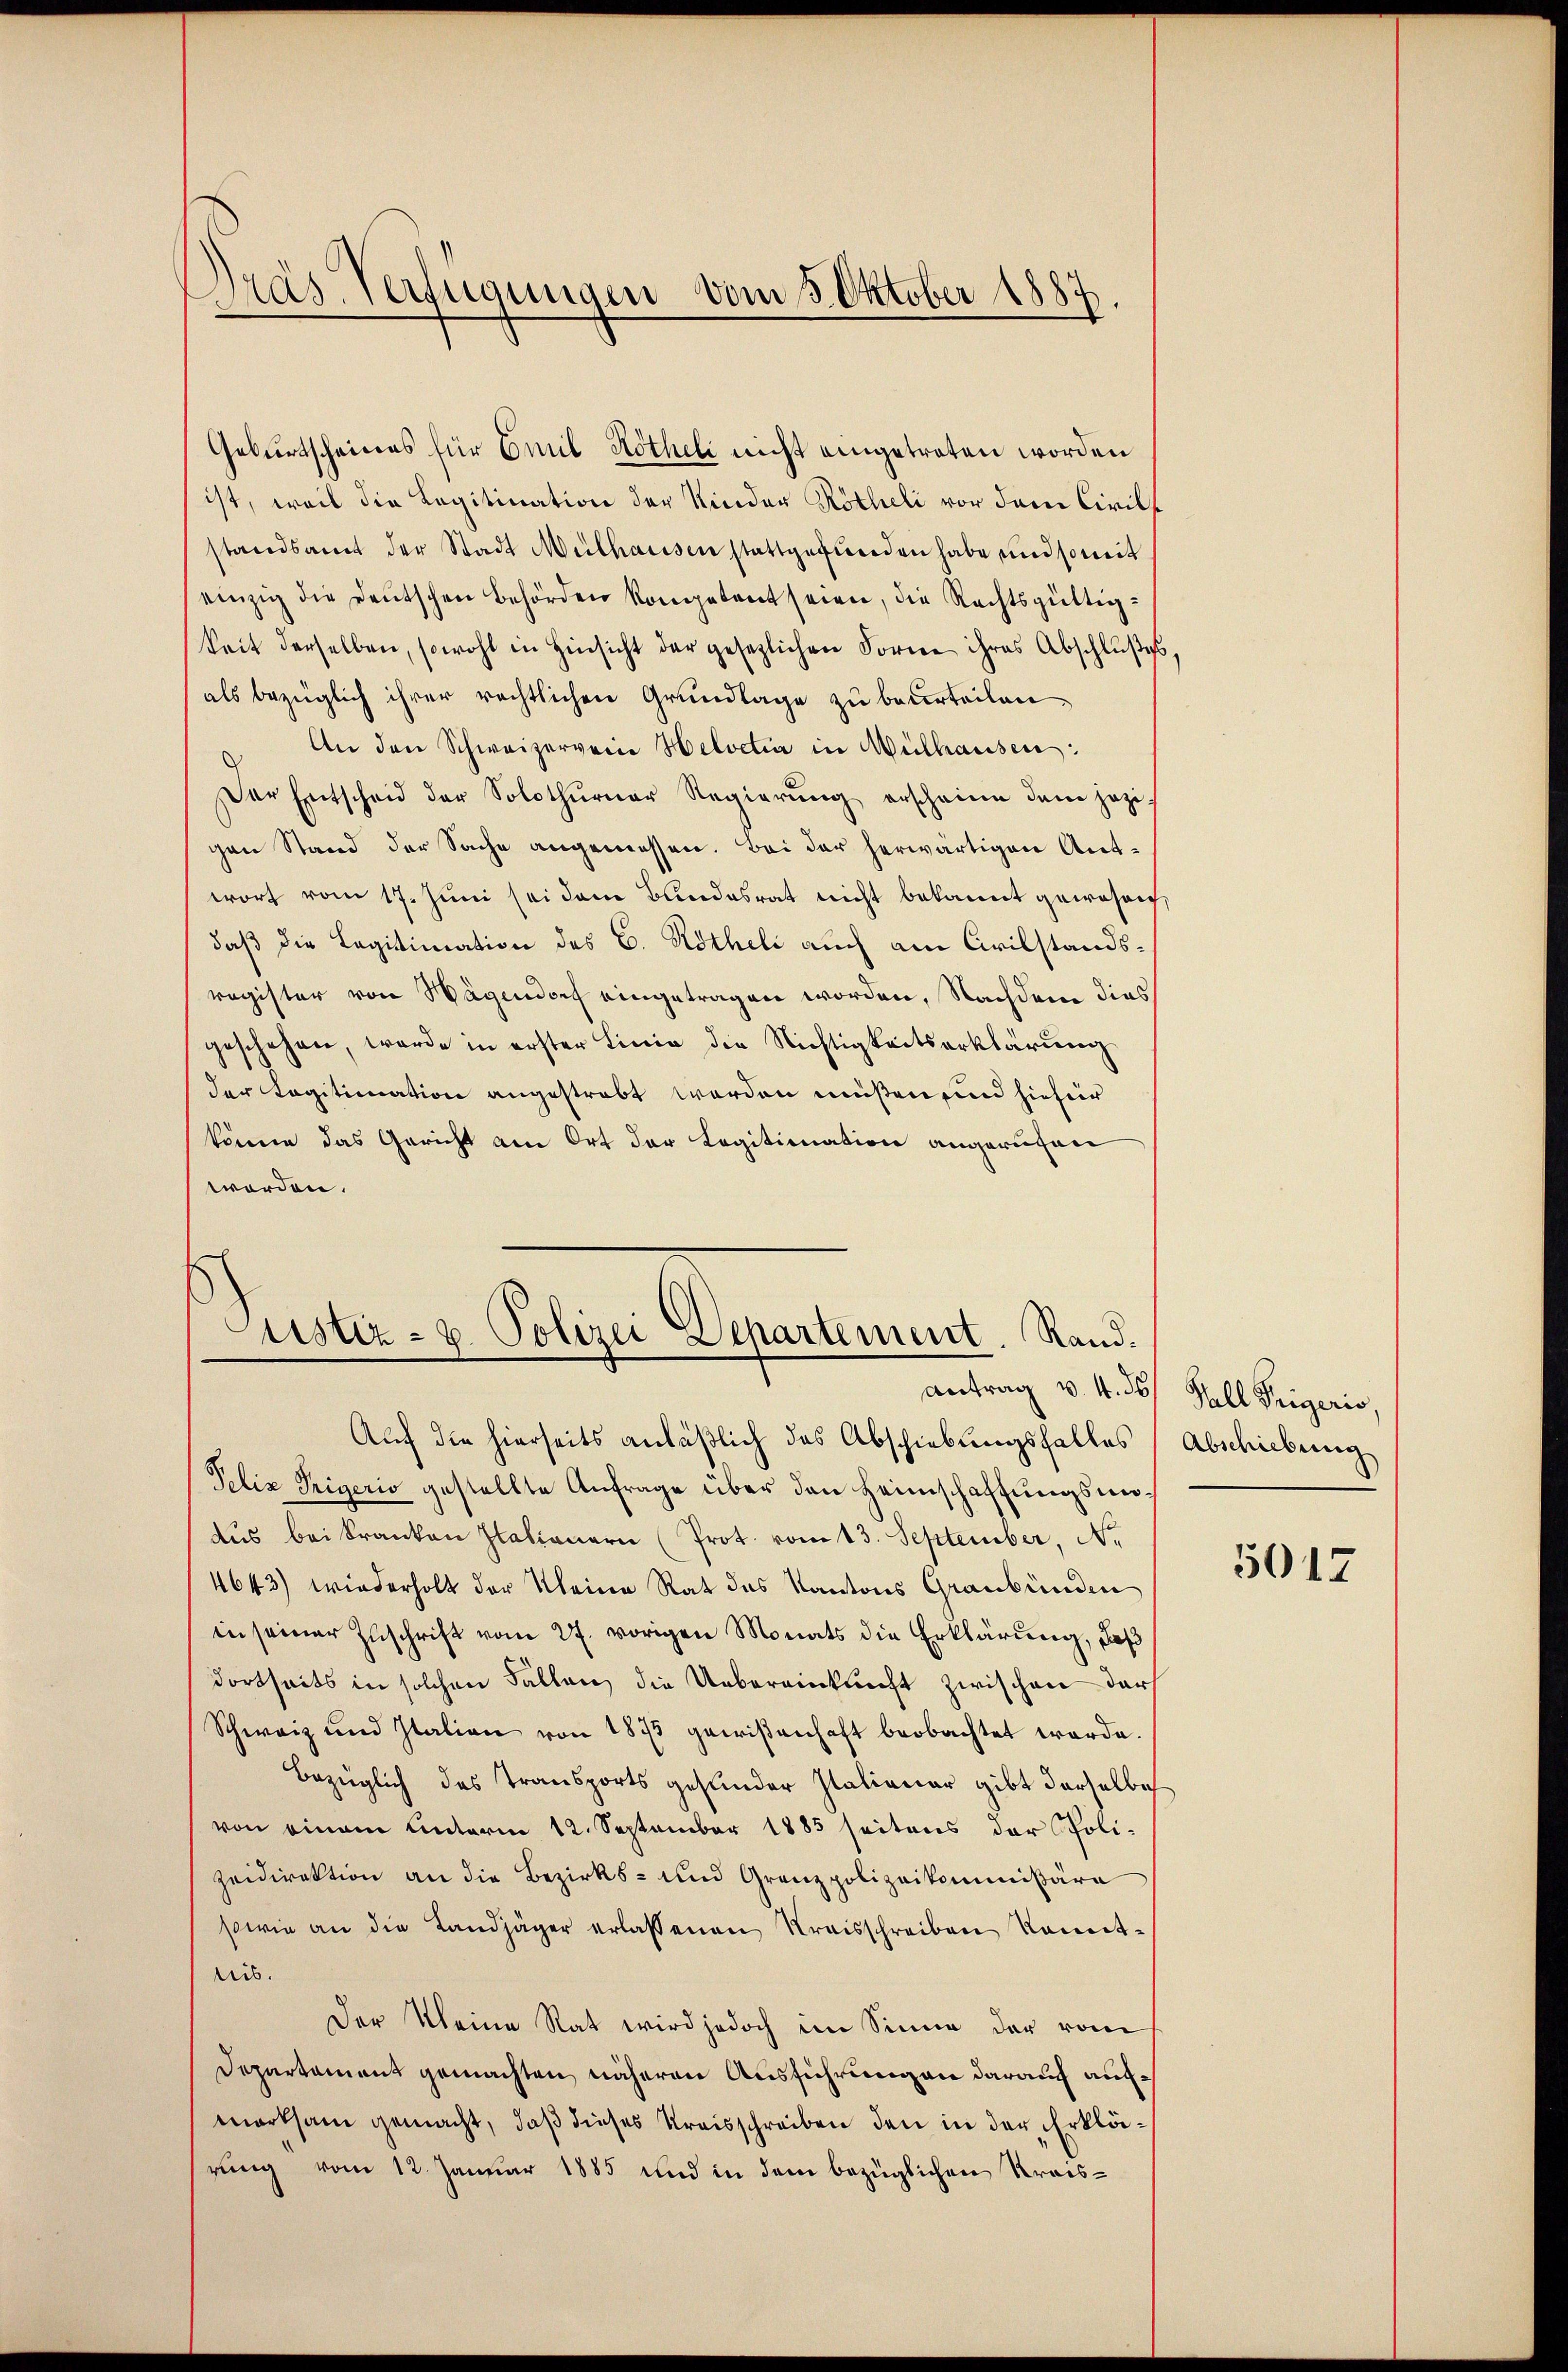
Gras Verfügungen vom 5. Oktober 1887

Geburtscheines für Emil Kötheli nicht eingetreten worden
ist, weil die Legitination der Nieder Kötheli vor dem Civils
standsamt der Stadt Mülhausen stattgefŭnden habe und soweit
einzig die Deutschen Behörden kompetent seien, die Rechtsgültig-
keit derselben, sowohl in Hinsicht der gesezlichen Forne ihres Abschlŭβe
als bezüglich ihrer rechtlichen Grundlage zu beurteilen,
An den Schweizerverne Helvetia in Mülhausen:
d
Der Entscheid der Solothurner Regierŭng erscheine dem jezi-
gen Stand der Sache angemessen. Bei der herwärtigen Antwort vom 17. Juni sei dem Bundesrat nicht bekannt gewesen,
daß die Legitimation des C. Rötheli auch am Civilstandsregister von Wagendorf eingetragen worden, Nachdem dies
geschehen, werde in erster Linie die Nichtigkeitserklärung
der agitimation angestrebt werden müßen, und hiefür
könne das Gericht am Ort der Legitimation angerufen
worden.

Justiz- & Polizei Departement. Rand.
Antrag v. 4. ds Hall Peigeris

Auf die hierseits anläßlich das Abschiebungsfalles (Abschiebung
Pelix Tigerio gestellte Anfrage über den Heimschaffungsmiaŭs bei Kranken Italianern (Prot. vom 13. September, No.
4643) wiederholt der Kleine Rat des Kantons Graubünden
in seiner Zuschrift vom 27. vorigen Monats die Erklärung, daß
dortseits in solchen Fällen die Uebereinkunft zwischen der
Schweiz und Italien von 1875 gewißenhaft beobachtet werde.
bezüglich des Transports gesunder Italianer gibt derselbe
von einem Unterm 12. September 1885 seitens der Poli-
zeidirektion an die Bezirks- und Grenzpolizeikommißära
sowie an die Landjäger erlassenen Kreisschreiben komit-
nis.
Der Kleine Rat wird jedoch im Sinne der vom
Departament gemachten näheren Ausführungen darauf aufmerksam gemacht, daß dieses Kreisschreiben den in der Erklärung vom 12. Januar 1885 und in dem bezüglichen Kreis¬

5017